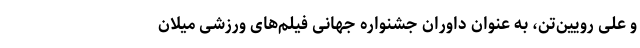
و علی رویین‌تن، به عنوان داوران جشنواره جهانی فیلم‌های ورزشی میلان